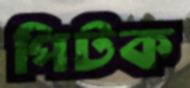
পিটক